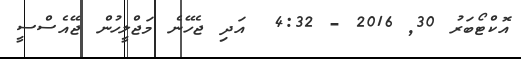
އޮކްޓޯބަރު 30